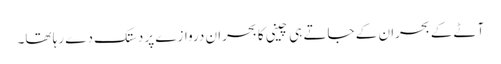
آٹے کے بحران کے جاتے ہی چینی کا بحران دروازے پر دستک دے رہا تھا۔